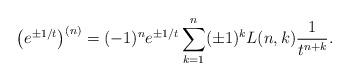
LaTeX: \begin{align*}\bigl(e^{\pm1/t}\bigr)^{(n)}=(-1)^n{e^{\pm1/t}}\sum_{k=1}^{n}(\pm1)^{k}L(n,k)\frac1{t^{n+k}}.\end{align*}